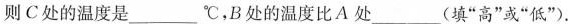
则C处的温度是______^{\circ}C，B处的温度比A处__(填”高”或”低”).